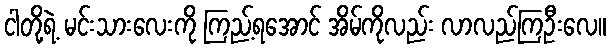
ငါတို့ရဲ့ မင်းသားလေးကို ကြည့်ရအောင် အိမ်ကိုလည်း လာလည်ကြဦးလေ။